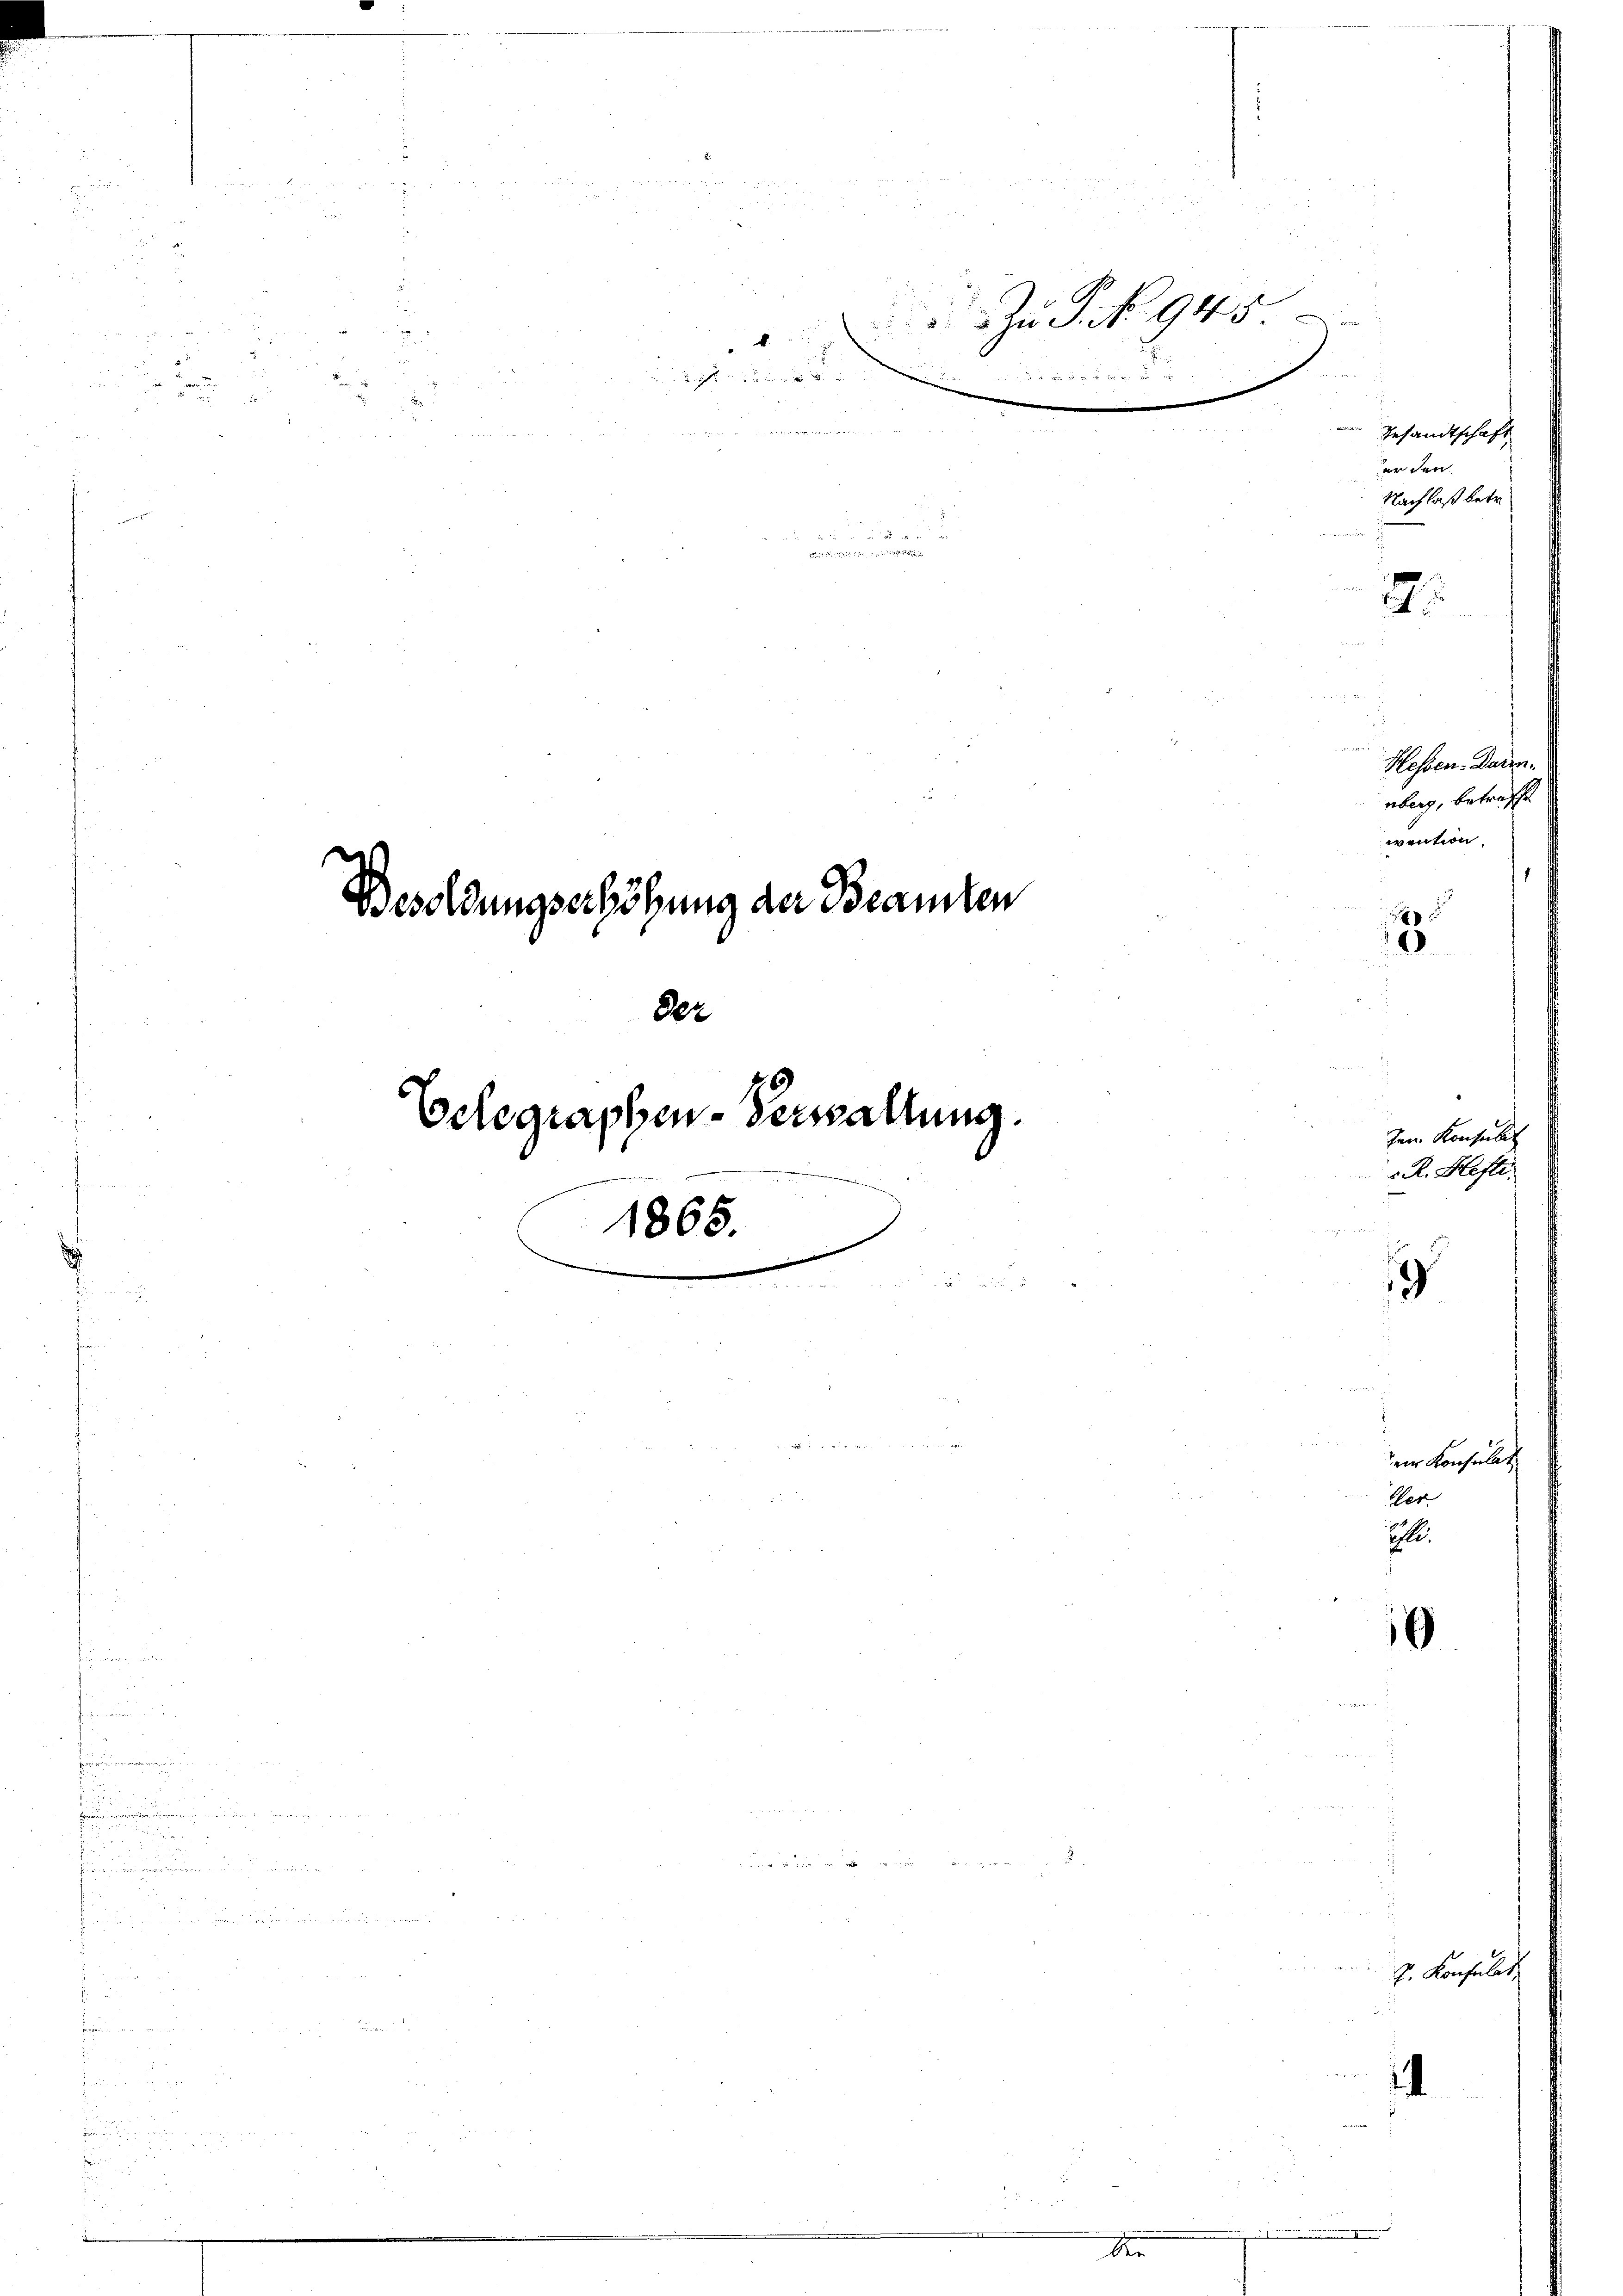
Besoldungserhöhung der Beamten
Gelegraphen-Verwaltung.
1865.

14

der

No
Zu S. Nr. 945.

dchenden

t

n

Gesandtschaft
erden.
Nachlaß betr.

1

8
2

 2 x
2
dein Konsulat
Wer
El
6
e

l

2

Hessen-Darin.
überg, betreffe
ivention

Ien Konsult
r. R. Hefti

J. Konsulat,

.